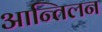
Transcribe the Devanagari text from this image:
आन्तिलन